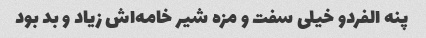
پنه الفردو خیلی سفت و مزه شیر خامه‌اش زیاد و بد بود